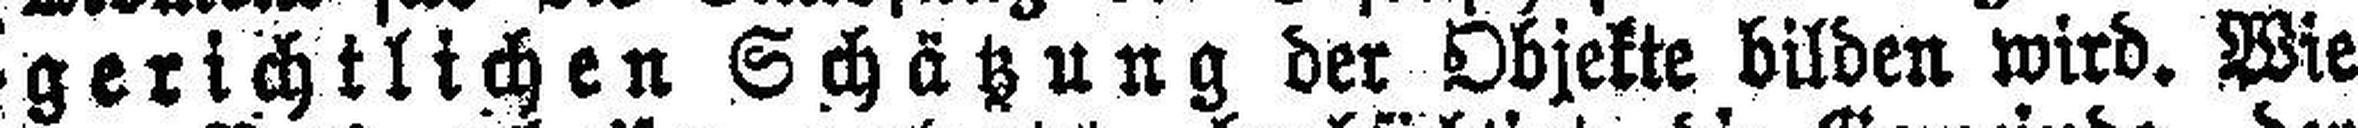
(gerichtlichen Schätzung der Objekte bilden wird. Wie